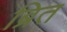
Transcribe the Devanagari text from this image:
ब्रित